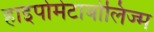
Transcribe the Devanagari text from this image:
हाइपोमेटाबोलिज्म